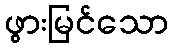
ဖွားမြင်သော